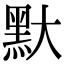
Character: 𪐝